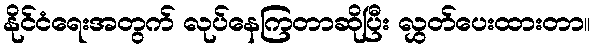
နိုင်ငံရေးအတွက် လုပ်နေကြတာဆိုပြီး လွှတ်ပေးထားတာ။